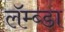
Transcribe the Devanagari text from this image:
लॅम्ब्डा